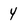
Character: 4